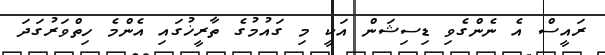
ރައީސް އެ ނެންގެވި ޑިސިޝަން އަކީ މި ގައުމުގެ ތާރީޚުގައި އެންމެ ހިތްވަރުގަދަ